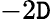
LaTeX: -2\mathtt{D}